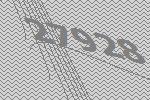
27928